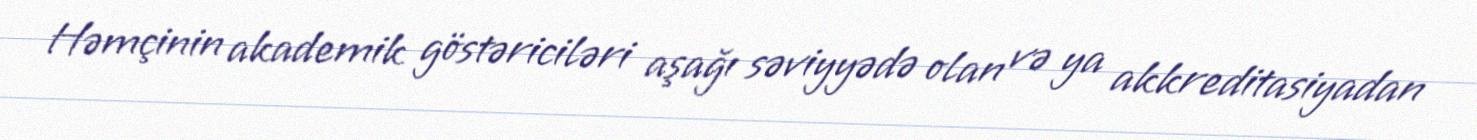
Həmçinin akademik göstəriciləri aşağı səviyyədə olan və ya akkreditasiyadan